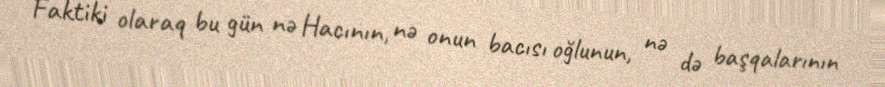
Faktiki olaraq bu gün nə Hacının, nə onun bacısı oğlunun, nə də başqalarının